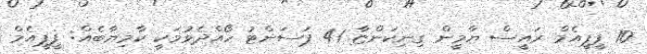
10 ޕީޕީއެމް ރައީސް ޔާމީން ގިނިކަންޏާ 41 ޕަސަންޓު ހޯއްދެވުމަކީ ކާމިޔާބެއް: ޕީޕީއެމް